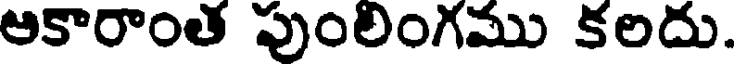
ఆకారాంత పుంలింగము కలదు.